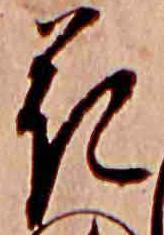
花